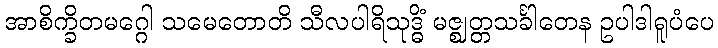
အာစိက္ခိတမဂ္ဂေါ သမေတောတိ သီလပါရိသုဒ္ဓိံ မဇ္ဈတ္တသင်္ခါတေန ဥပါဒါရူပံပေ